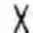
X